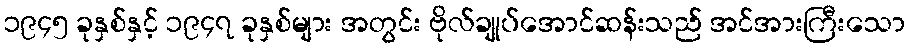
၁၉၄၅ ခုနှစ်နှင့် ၁၉၄၇ ခုနှစ်များ အတွင်း ဗိုလ်ချုပ်အောင်ဆန်းသည် အင်အားကြီးသော